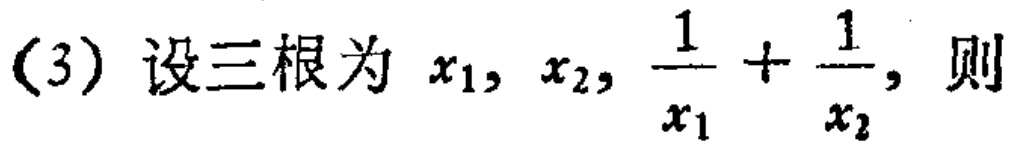
(3) 设三根为 \(x_1, x_2, \frac{1}{x_1}+\frac{1}{x_2}\)，则